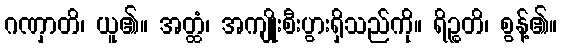
ဂဏှာတိ၊ ယူ၏။ အတ္ထံ၊ အကျိုးစီးပွားရှိသည်ကို။ ရိဉ္စတိ၊ စွန့်၏။